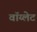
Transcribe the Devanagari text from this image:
वॉय्लेट